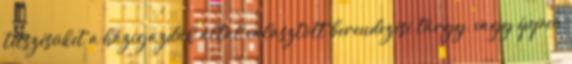
tetszésüket a házigazdák által választott berendezési tárgy, vagy éppen